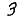
Digit: 3